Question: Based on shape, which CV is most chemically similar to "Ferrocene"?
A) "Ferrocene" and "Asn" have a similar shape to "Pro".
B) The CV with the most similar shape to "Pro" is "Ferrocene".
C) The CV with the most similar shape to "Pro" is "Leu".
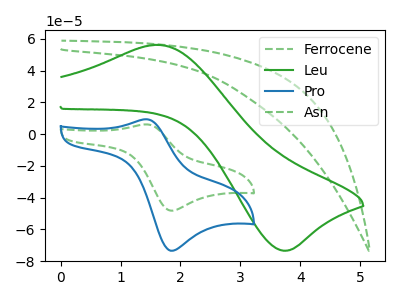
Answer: <think>The green dashed curve "Ferrocene" has an anodic peak at (1.40V, 6.15uA) and a cathodic peak at (1.85V, -48.15uA). The green curve "Leu" has an anodic peak at (1.65V, 56.20uA) and a cathodic peak at (3.70V, -73.35uA). The blue curve "Pro" has an anodic peak at (1.40V, 9.40uA) and a cathodic peak at (1.85V, -73.40uA). The green dashed curve "Asn" has no peaks.
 "Ferrocene" and "Leu" have at least one peak that do not match. All the peaks in "Ferrocene" have a peak in "Pro" at the same potential. Every peak in "Ferrocene" is lower than every peak in "Pro". "Ferrocene" and "Asn" have a different number of peaks. "Leu" and "Pro" have at least one peak that do not match. "Leu" and "Asn" have a different number of peaks. "Pro" and "Asn" have a different number of peaks.</think>
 <answer>B) The CV with the most similar shape to "Pro" is "Ferrocene".</answer>
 <eval>B</eval>